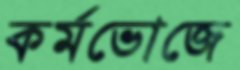
কর্মভোজে